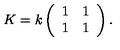
K = k \left( \begin{array} { c c } { 1 } & { 1 } \\ { 1 } & { 1 } \\ \end{array} \right) .